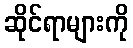
ဆိုင်ရာများကို